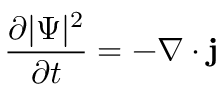
{ \frac { \partial | \Psi | ^ { 2 } } { \partial t } } = - \nabla \cdot \mathbf { j }